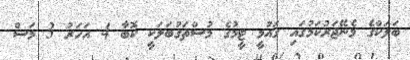
ބަލަކްގެ މެނޭޖަރުކަމުގައި ގައުމީ ޓީމުގެ މުސްތަގުބަލަކީ ކޮބާ 4 އަހަރު 3 މަސް